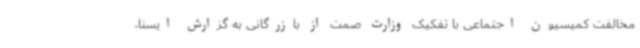
مخالفت کمیسیون اجتماعی با تفکیک وزارت صمت از بازرگانی به گزارش ایسنا،